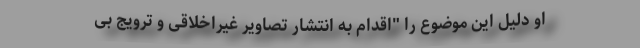
او دلیل این موضوع را "اقدام به انتشار تصاویر غیراخلاقی و ترویج بی